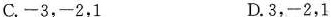
C.-3，-2，1 D.3，-2，1